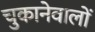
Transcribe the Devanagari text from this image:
चुकानेवालों